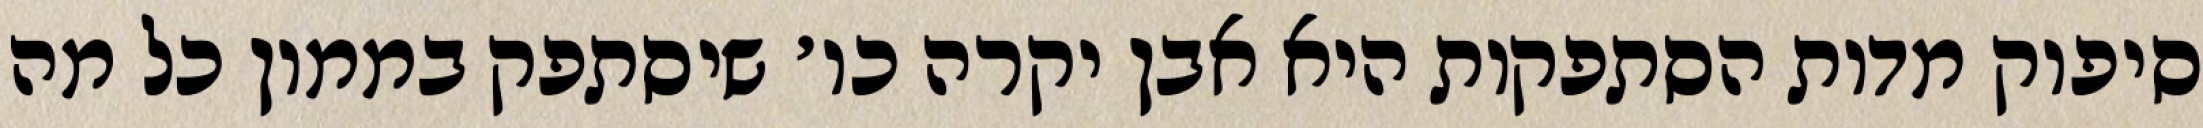
סיפוק מדות הסתפקות היא אבן יקרה כו׳ שיסתפק בממון כל מה